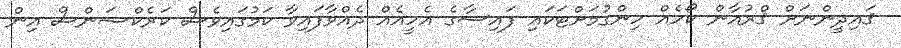
ޤައިދީންނަށް ޤްރުއާން ކޯހެއް ހިންގުމަށްޓަކައި ފައިސާގެ އެހީއެއް ދެއްވާފައިވާ ކަމުގައިވެސް ކަރެކްޝަންސް އިން